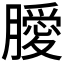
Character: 𭩊